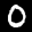
Label: 0